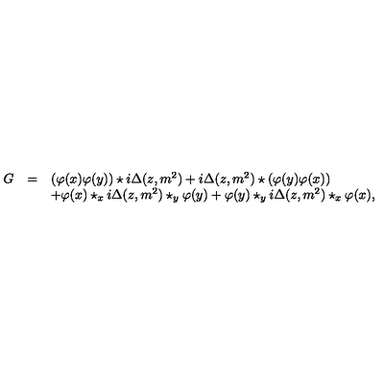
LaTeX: \begin{array} { r c l } { G } & { = } & { ( \varphi ( x ) \varphi ( y ) ) \star i \Delta ( z , m ^ { 2 } ) + i \Delta ( z , m ^ { 2 } ) \star ( \varphi ( y ) \varphi ( x ) ) } \\ { } & { } & { + \varphi ( x ) \star _ { x } i \Delta ( z , m ^ { 2 } ) \star _ { y } \varphi ( y ) + \varphi ( y ) \star _ { y } i \Delta ( z , m ^ { 2 } ) \star _ { x } \varphi ( x ) , } \\ \end{array}